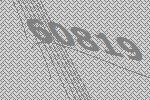
60819